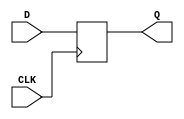
module level_sensitive_latch (
  input wire D,
  input wire CLK,
  output reg Q
);

always @(posedge CLK) begin
  if (CLK == 1'b1) begin
    Q <= D;
  end
end

endmodule